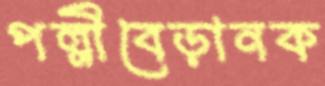
পল্লীবেড়ানক